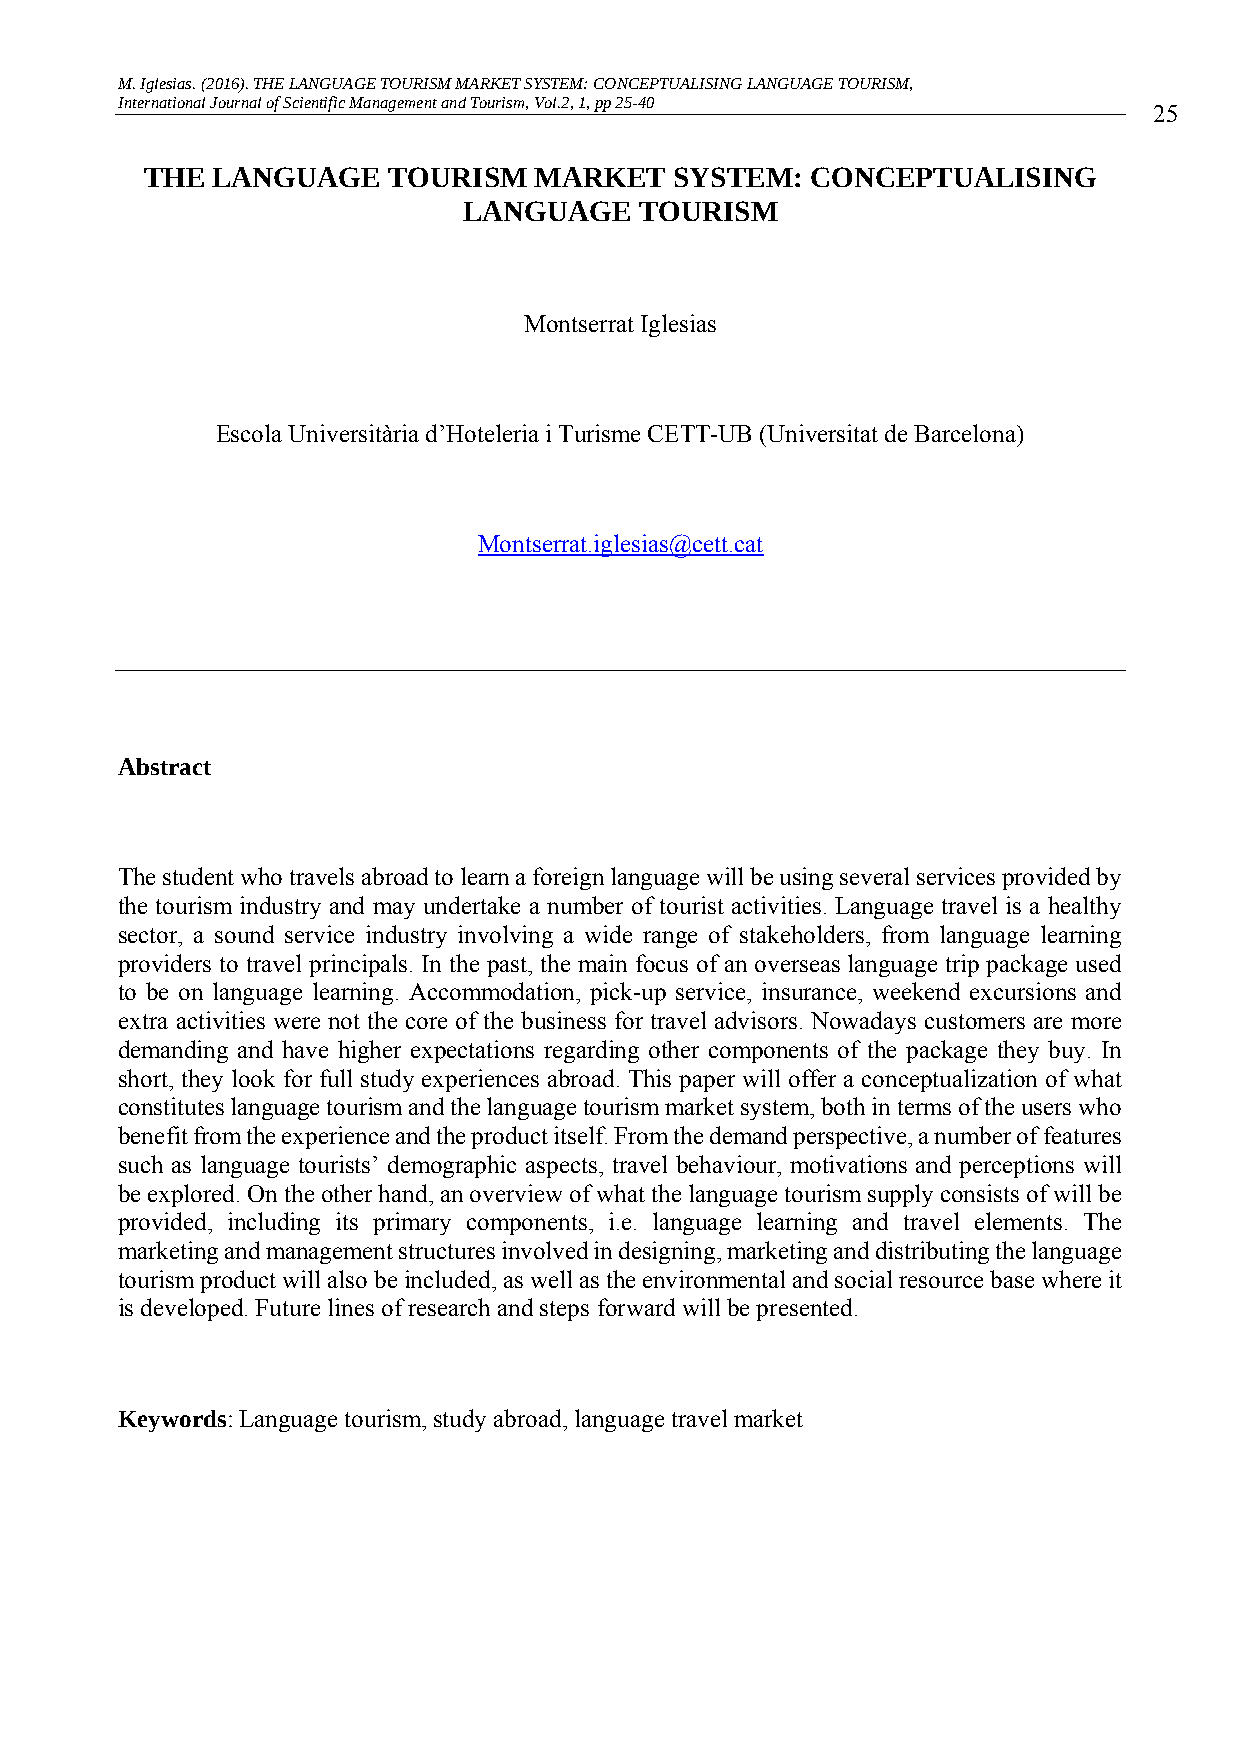
M. Iglesias. (2016). THE LANGUAGE TOURISM MARKET SYSTEM: CONCEPTUALISING LANGUAGE TOURISM,
 International Journal of Scientific Management and Tourism, Vol.2, 1, pp 25-40
 25
 THE LANGUAGE    TOURISM  MARKET    SYSTEM:  CONCEPTUALISING
 LANGUAGE   TOURISM
 Montserrat Iglesias
 Escola Universitària d’Hoteleria i Turisme CETT-UB (Universitat de Barcelona)
 Montserrat.iglesias@cett.cat
 Abstract
 The student who travels abroad to learn a foreign language will be using several services provided by
 the tourism industry and may undertake a number of tourist activities. Language travel is a healthy
 sector, a sound service industry involving a wide range of stakeholders, from language learning
 providers to travel principals. In the past, the main focus of an overseas language trip package used
 to be on language learning. Accommodation, pick-up service, insurance, weekend excursions and
 extra activities were not the core of the business for travel advisors. Nowadays customers are more
 demanding and have higher expectations regarding other components of the package they buy. In
 short, they look for full study experiences abroad. This paper will offer a conceptualization of what
 constitutes language tourism and the language tourism market system, both in terms of the users who
 benefit from the experience and the product itself. From the demand perspective, a number of features
 such as language tourists’ demographic aspects, travel behaviour, motivations and perceptions will
 be explored. On the other hand, an overview of what the language tourism supply consists of will be
 provided, including its primary components, i.e. language learning and travel elements. The
 marketing and management structures involved in designing, marketing and distributing the language
 tourism product will also be included, as well as the environmental and social resource base where it
 is developed. Future lines of research and steps forward will be presented.
 Keywords: Language tourism, study abroad, language travel market